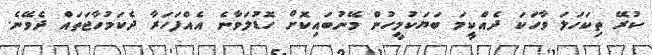
ކުރޭ ތިކަހަލަ ވާހަކަ ދެއްކީމަ ބަޔަކުމީހުން މޭނުބައިކޮށް ހޮޑުލަވާނެ އެއްފަހަރާ ދެކަމުހާޖަތައް ދެވޭނެ.